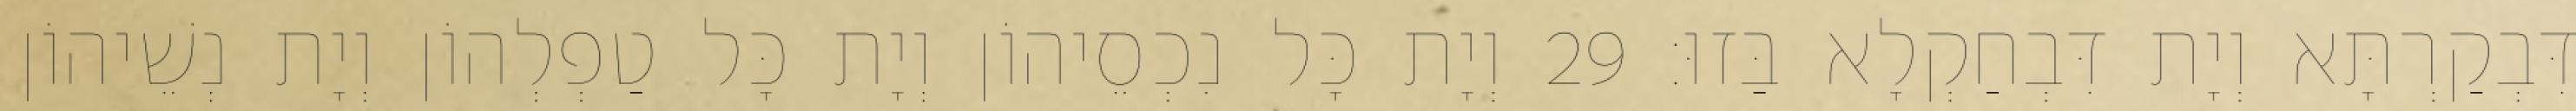
דִּבְקַרְתָּא וְיָת דִּבְחַקְלָא בַּזוּ׃ 29 וְיָת כָּל נִכְסֵיהוֹן וְיָת כָּל טַפְלְהוֹן וְיָת נְשֵׁיהוֹן